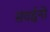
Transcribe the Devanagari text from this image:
संवर्द्धनों